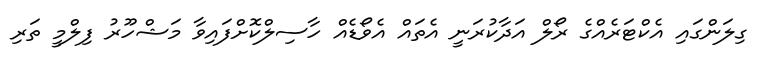
ގިލަންގައި އެކްޓަރެއްގެ ރޯލް އަދާކުރަނީ އެތައް އެވޯޑެއް ހާސިލްކޮށްފައިވާ މަޝްހޫރު ފިލްމީ ތަރި